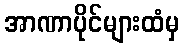
အာဏာပိုင်များထံမှ